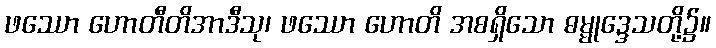
ဖဿော ဟောတီတိအာဒီသု၊ ဖဿော ဟောတိ အစရှိသော ဓမ္မုဒ္ဒေသတို့၌။